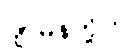
ဂျာမန်တို့က